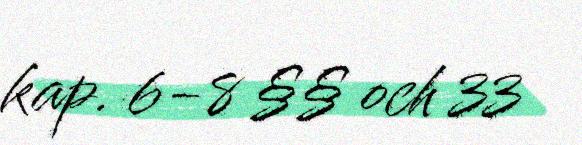
kap. 6-8 §§ och 33